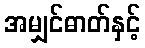
အမျှင်ဓာတ်နှင့်